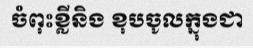
ចំពុះខ្លីនិង ខុបចូលក្នុងជា